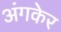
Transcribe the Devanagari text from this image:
अंगकेर